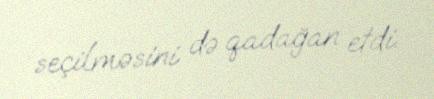
seçilməsini də qadağan etdi.